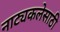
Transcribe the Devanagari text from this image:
नाट्यकलेसाठी